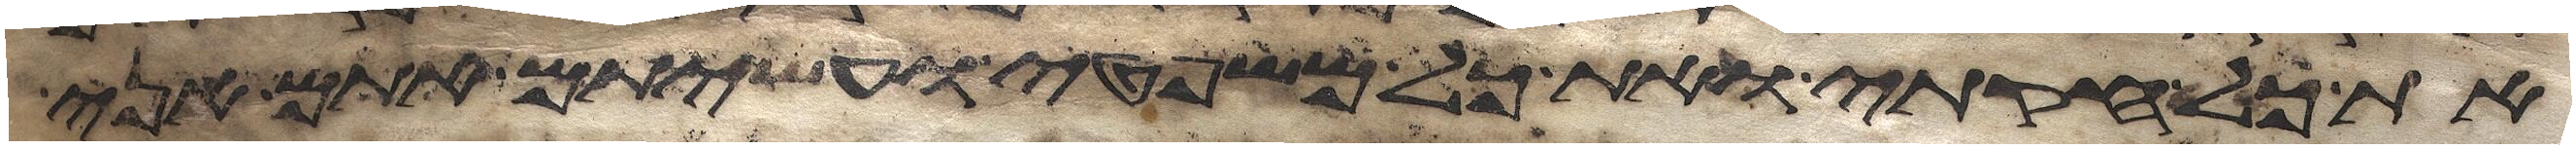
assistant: את כל חקותי ואת כל משפטי ועשיתם אתם אני